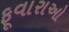
ફૂવારાઓ